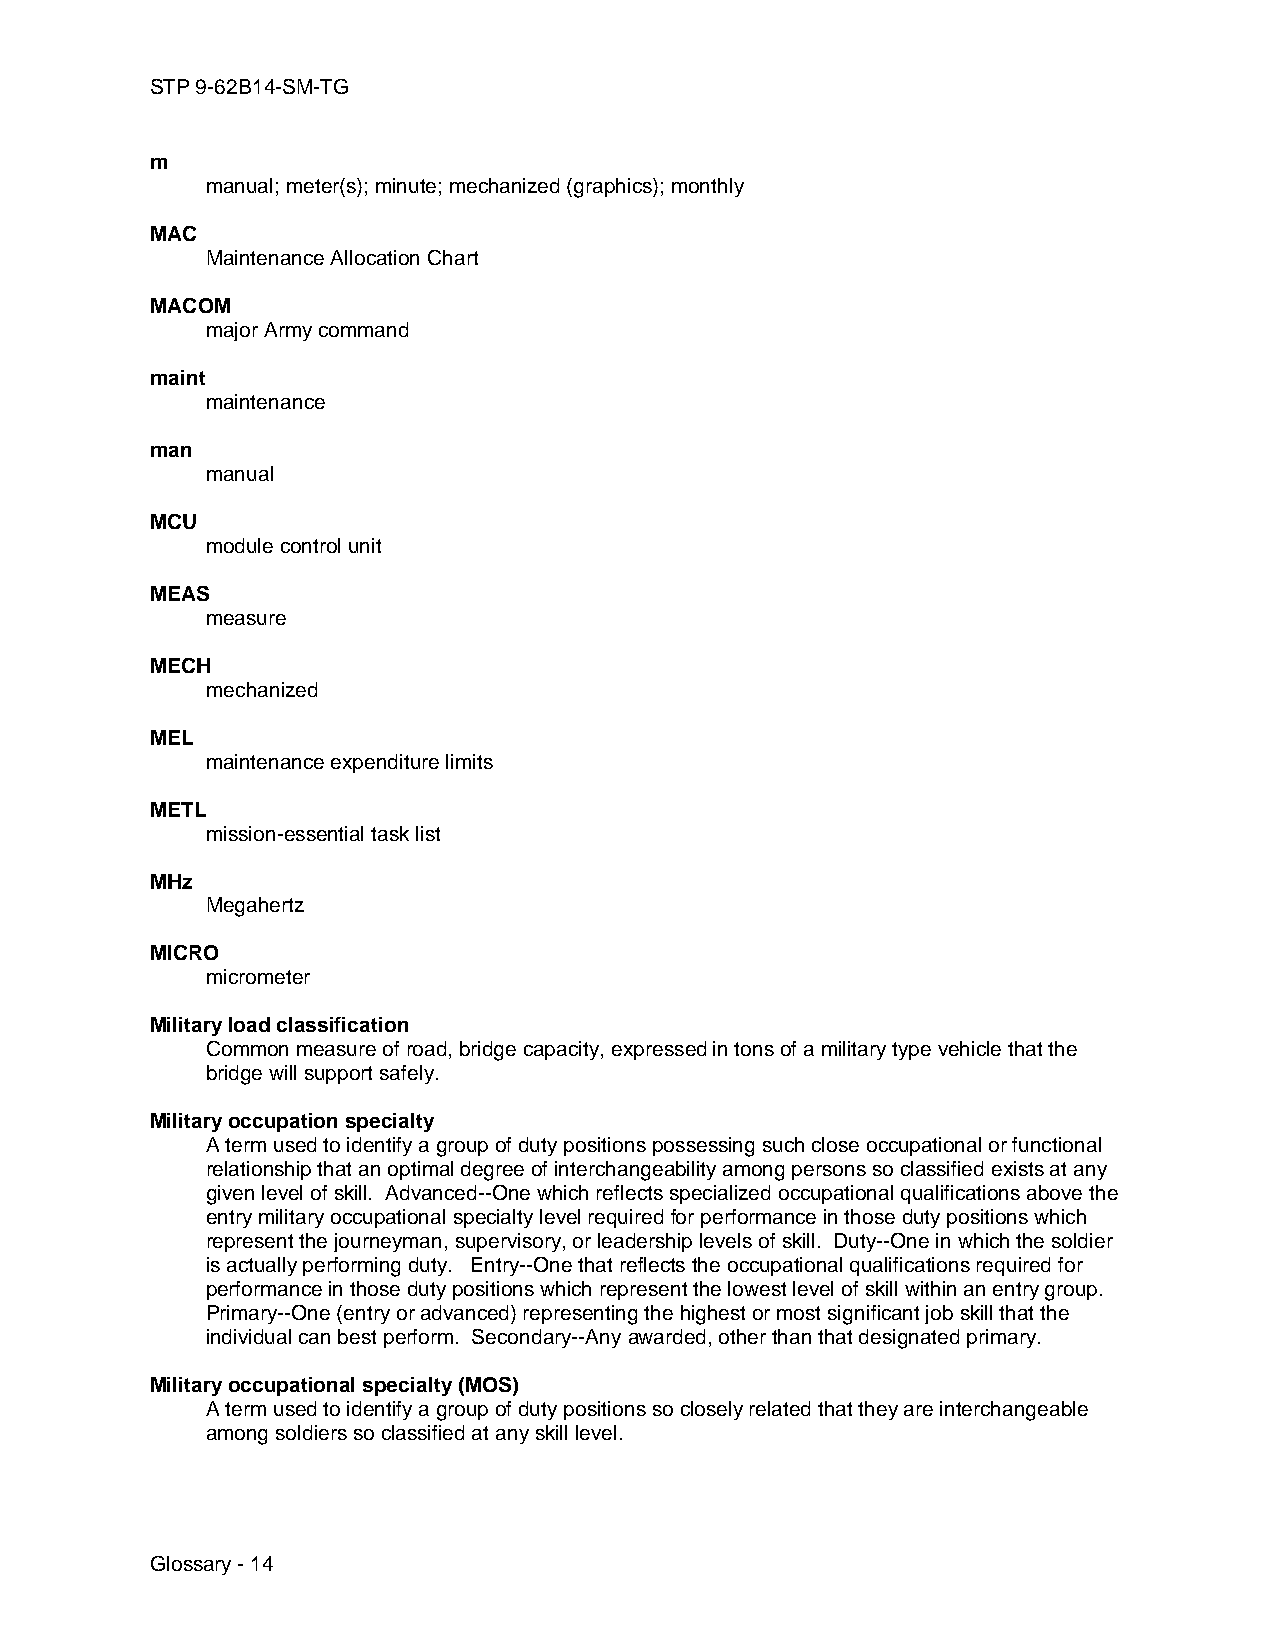
STP 9-62B14-SM-TG
 m
 manual; meter(s); minute; mechanized (graphics); monthly
 MAC
 Maintenance Allocation Chart
 MACOM
 major Army command
 maint
 maintenance
 man
 manual
 MCU
 module control unit
 MEAS
 measure
 MECH
 mechanized
 MEL
 maintenance expenditure limits
 METL
 mission-essential task list
 MHz
 Megahertz
 MICRO
 micrometer
 Military load classification
 Common measure of road, bridge capacity, expressed in tons of a military type vehicle that the
 bridge will support safely.
 Military occupation specialty
 A term used to identify a group of duty positions possessing such close occupational or functional
 relationship that an optimal degree of interchangeability among persons so classified exists at any
 given level of skill. Advanced--One which reflects specialized occupational qualifications above the
 entry military occupational specialty level required for performance in those duty positions which
 represent the journeyman, supervisory, or leadership levels of skill. Duty--One in which the soldier
 is actually performing duty. Entry--One that reflects the occupational qualifications required for
 performance in those duty positions which represent the lowest level of skill within an entry group.
 Primary--One (entry or advanced) representing the highest or most significant job skill that the
 individual can best perform. Secondary--Any awarded, other than that designated primary.
 Military occupational specialty (MOS)
 A term used to identify a group of duty positions so closely related that they are interchangeable
 among soldiers so classified at any skill level.
 Glossary - 14